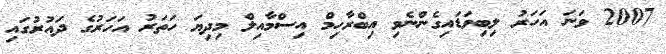
2007 ވަނަ އަހަރު ލިބިވަޑައިގެންނެވި އިބްރާހިމް އިސްމާއިލް މިދިޔަ ހަތަރު އަހަރުގެ ދައުރުގައި